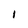
Character: I